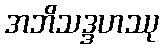
အဘိသဒ္ဒဟဿု